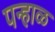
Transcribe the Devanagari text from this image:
पन्हाळ